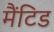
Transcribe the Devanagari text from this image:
मैंटिड